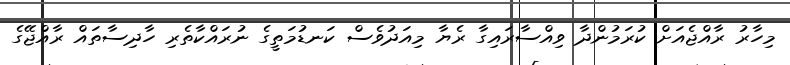
މިހާރު ރާއްޖެއަށް ކުރަމުންދާ ވިއްސާރައިގާ ރެޔާ މިއަދުވެސް ކަނޑުމަތީގެ ނުރައްކާތެރި ހާދިސާތައް ރާއްޖޭގެ